Vaccination report Assam 1896-1927 - 1896-1927
Year: 1896
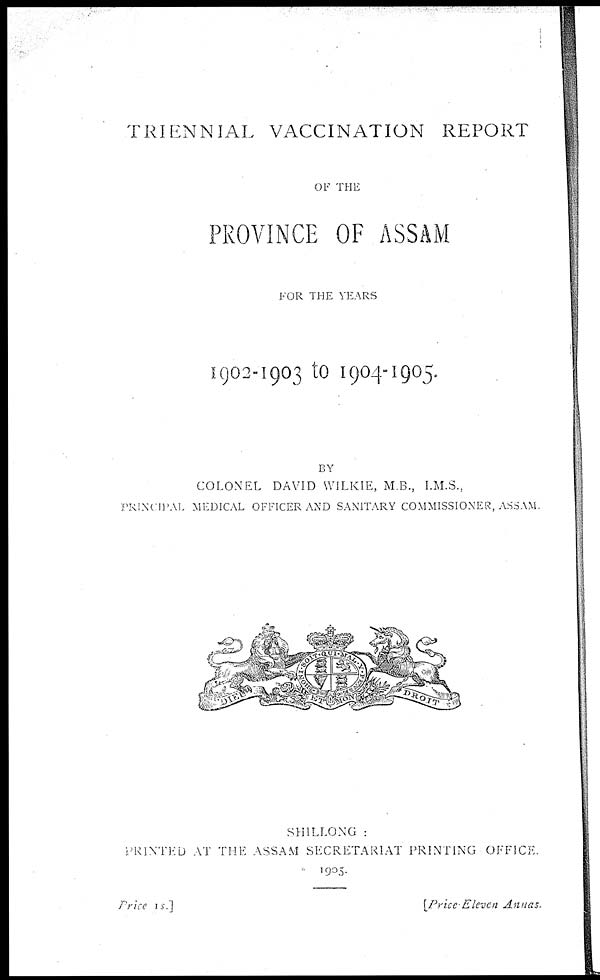
TRIENNIAL VACCINATION REPORT
OF THE
PROVINCE OF ASSAM
FOR THE YEARS
1902-1903 to 1904-1905.
BY
COLONEL DAVID WILKIE, M.B., I.M.S.,
PRINCIPAL MEDICAL OFFICER AND SANITARY COMMISSIONER, ASSAM.
SHILLONG :
PRINTED AT THE ASSAM SECRETARIAT PRINTING OFFICE.
1905
Price 1s.]
[Price Eleven Annas.